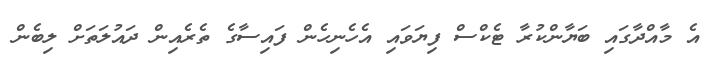
އެ މާއްދާގައި ބަޔާންކުރާ ޓެކްސް ފިޔަވައި އެހެނިހެން ފައިސާގެ ތެރެއިން ދައުލަތަށް ލިބެން